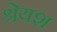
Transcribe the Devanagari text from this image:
श्रेयश